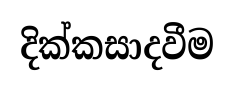
දික්කසාදවීම